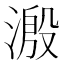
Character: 溵